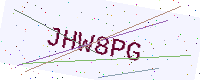
Text: JHW8PG